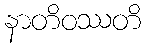
နာတိဝဿတိ